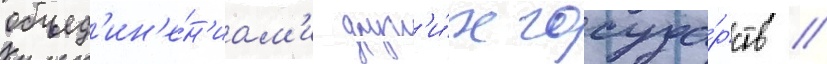
объед'ин'е́н'иам'и друг'и́х госуда́рств /